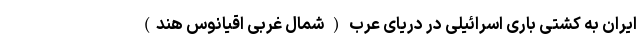
ایران به کشتی باری اسرائیلی در دریای عرب ( شمال غربی اقیانوس هند)